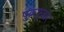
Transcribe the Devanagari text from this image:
षुक्रग़ुज़ार